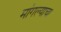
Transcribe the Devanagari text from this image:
मांगल्याचा